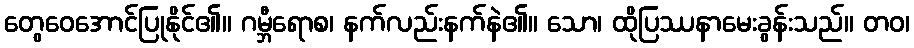
တွေဝေအောင်ပြုနိုင်၏။ ဂမ္ဘီရောစ၊ နက်လည်းနက်နဲ၏။ သော၊ ထိုပြဿနာမေးခွန်းသည်။ တဝ၊